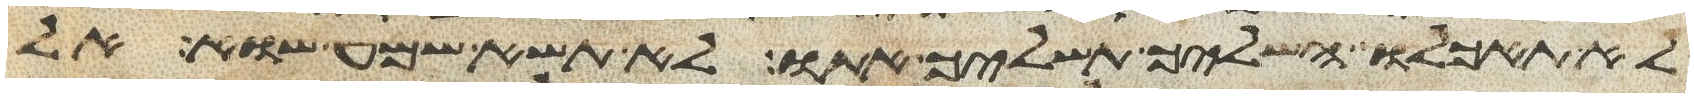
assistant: לא תאכלו השליך תשליכו אתו לא תשא שמע שוא אל